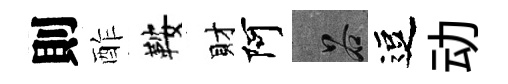
則酢鞍財阿谷逗动